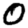
Digit: 0